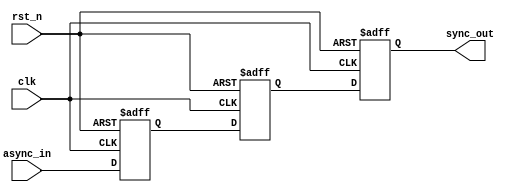
module triple_flip_flop_synchronizer (
    input wire async_in,   // Asynchronous input signal
    input wire clk,        // Clock signal of the target domain
    input wire rst_n,      // Active-low asynchronous reset
    output reg sync_out    // Synchronized output signal
);

    // Internal flip-flop signals
    reg ff1_out;
    reg ff2_out;

    // Flip-Flop 1 (FF1)
    always @(posedge clk or negedge rst_n) begin
        if (!rst_n) begin
            ff1_out <= 1'b0;  // Reset FF1 to 0
        end else begin
            ff1_out <= async_in;  // Sample the asynchronous input
        end
    end

    // Flip-Flop 2 (FF2)
    always @(posedge clk or negedge rst_n) begin
        if (!rst_n) begin
            ff2_out <= 1'b0;  // Reset FF2 to 0
        end else begin
            ff2_out <= ff1_out;  // Sample the output of FF1
        end
    end

    // Flip-Flop 3 (FF3)
    always @(posedge clk or negedge rst_n) begin
        if (!rst_n) begin
            sync_out <= 1'b0;  // Reset sync_out to 0
        end else begin
            sync_out <= ff2_out;  // Sample the output of FF2
        end
    end

endmodule